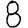
Digit: 8